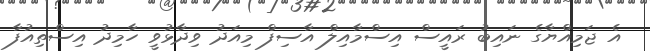
އެ ޖަމިއްޔާގެ ނައިބު ރައީސް އިސްމާއިލް އާސިފް މިއަދު ވިދާޅުވީ ހާމިދު އިސްތިއުފާ